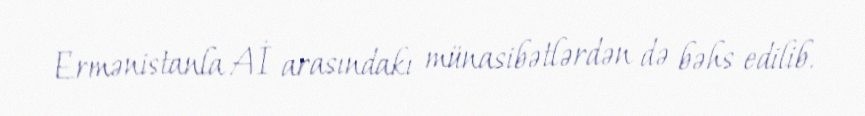
Ermənistanla Aİ arasındakı münasibətlərdən də bəhs edilib.